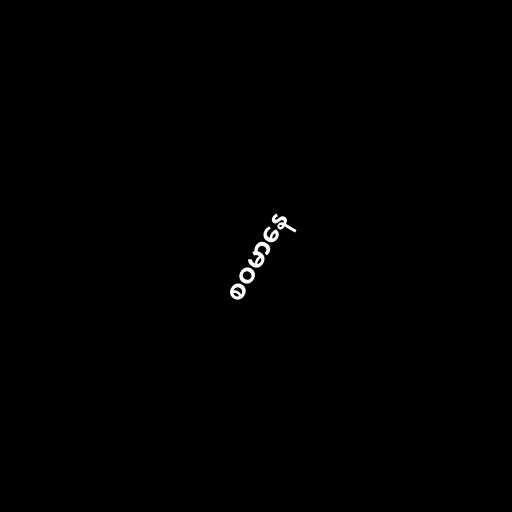
စဝမာနေ